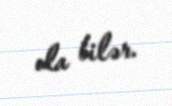
ola bilər.